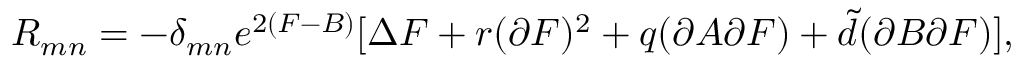
R _ { m n } = - \delta _ { m n } e ^ { 2 ( F - B ) } [ \Delta F + r ( \partial F ) ^ { 2 } + q ( \partial A \partial F ) + { \tilde { d } } ( \partial B \partial F ) ] ,